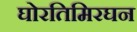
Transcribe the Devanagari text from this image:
घोरतिमिरघन